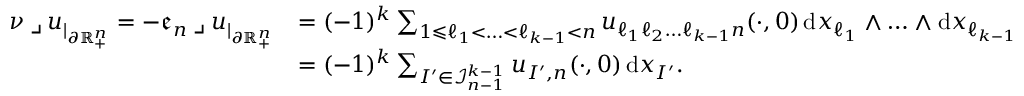
\begin{array} { r l } { \nu \mathbin { \lrcorner } u _ { | _ { \partial \mathbb { R } _ { + } ^ { n } } } = - \mathfrak { e } _ { n } \mathbin { \lrcorner } u _ { | _ { \partial \mathbb { R } _ { + } ^ { n } } } } & { = ( - 1 ) ^ { k } \sum _ { 1 \leqslant \ell _ { 1 } < \ldots < \ell _ { k - 1 } < n } u _ { \ell _ { 1 } \ell _ { 2 } \ldots \ell _ { k - 1 } n } ( \cdot , 0 ) \, \mathrm { d } x _ { \ell _ { 1 } } \wedge \ldots \wedge \mathrm { d } x _ { \ell _ { k - 1 } } } \\ & { = ( - 1 ) ^ { k } \sum _ { I ^ { \prime } \in \mathcal { I } _ { n - 1 } ^ { k - 1 } } u _ { I ^ { \prime } , n } ( \cdot , 0 ) \, \mathrm { d } x _ { I ^ { \prime } } \mathrm { . ~ } } \end{array}